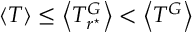
\left< T \right> \leq \left< T _ { r ^ { \star } } ^ { G } \right> < \left< T ^ { G } \right>